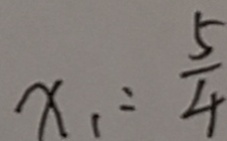
x _ { 1 } = \frac { 5 } { 4 }